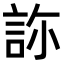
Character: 𧧂